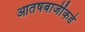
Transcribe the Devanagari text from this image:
आतषबाजींकडे